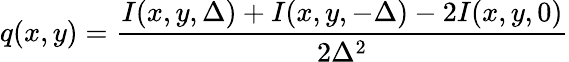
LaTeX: q(x,y)=\frac{I(x,y,\Delta)+I(x,y,-\Delta)-2I(x,y,0)}{2\Delta^{2}}